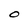
Character: O